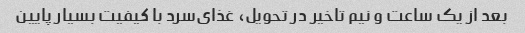
بعد از یک ساعت و نیم تاخیر در تحویل، غذای‌سرد با کیفیت بسیار پایین